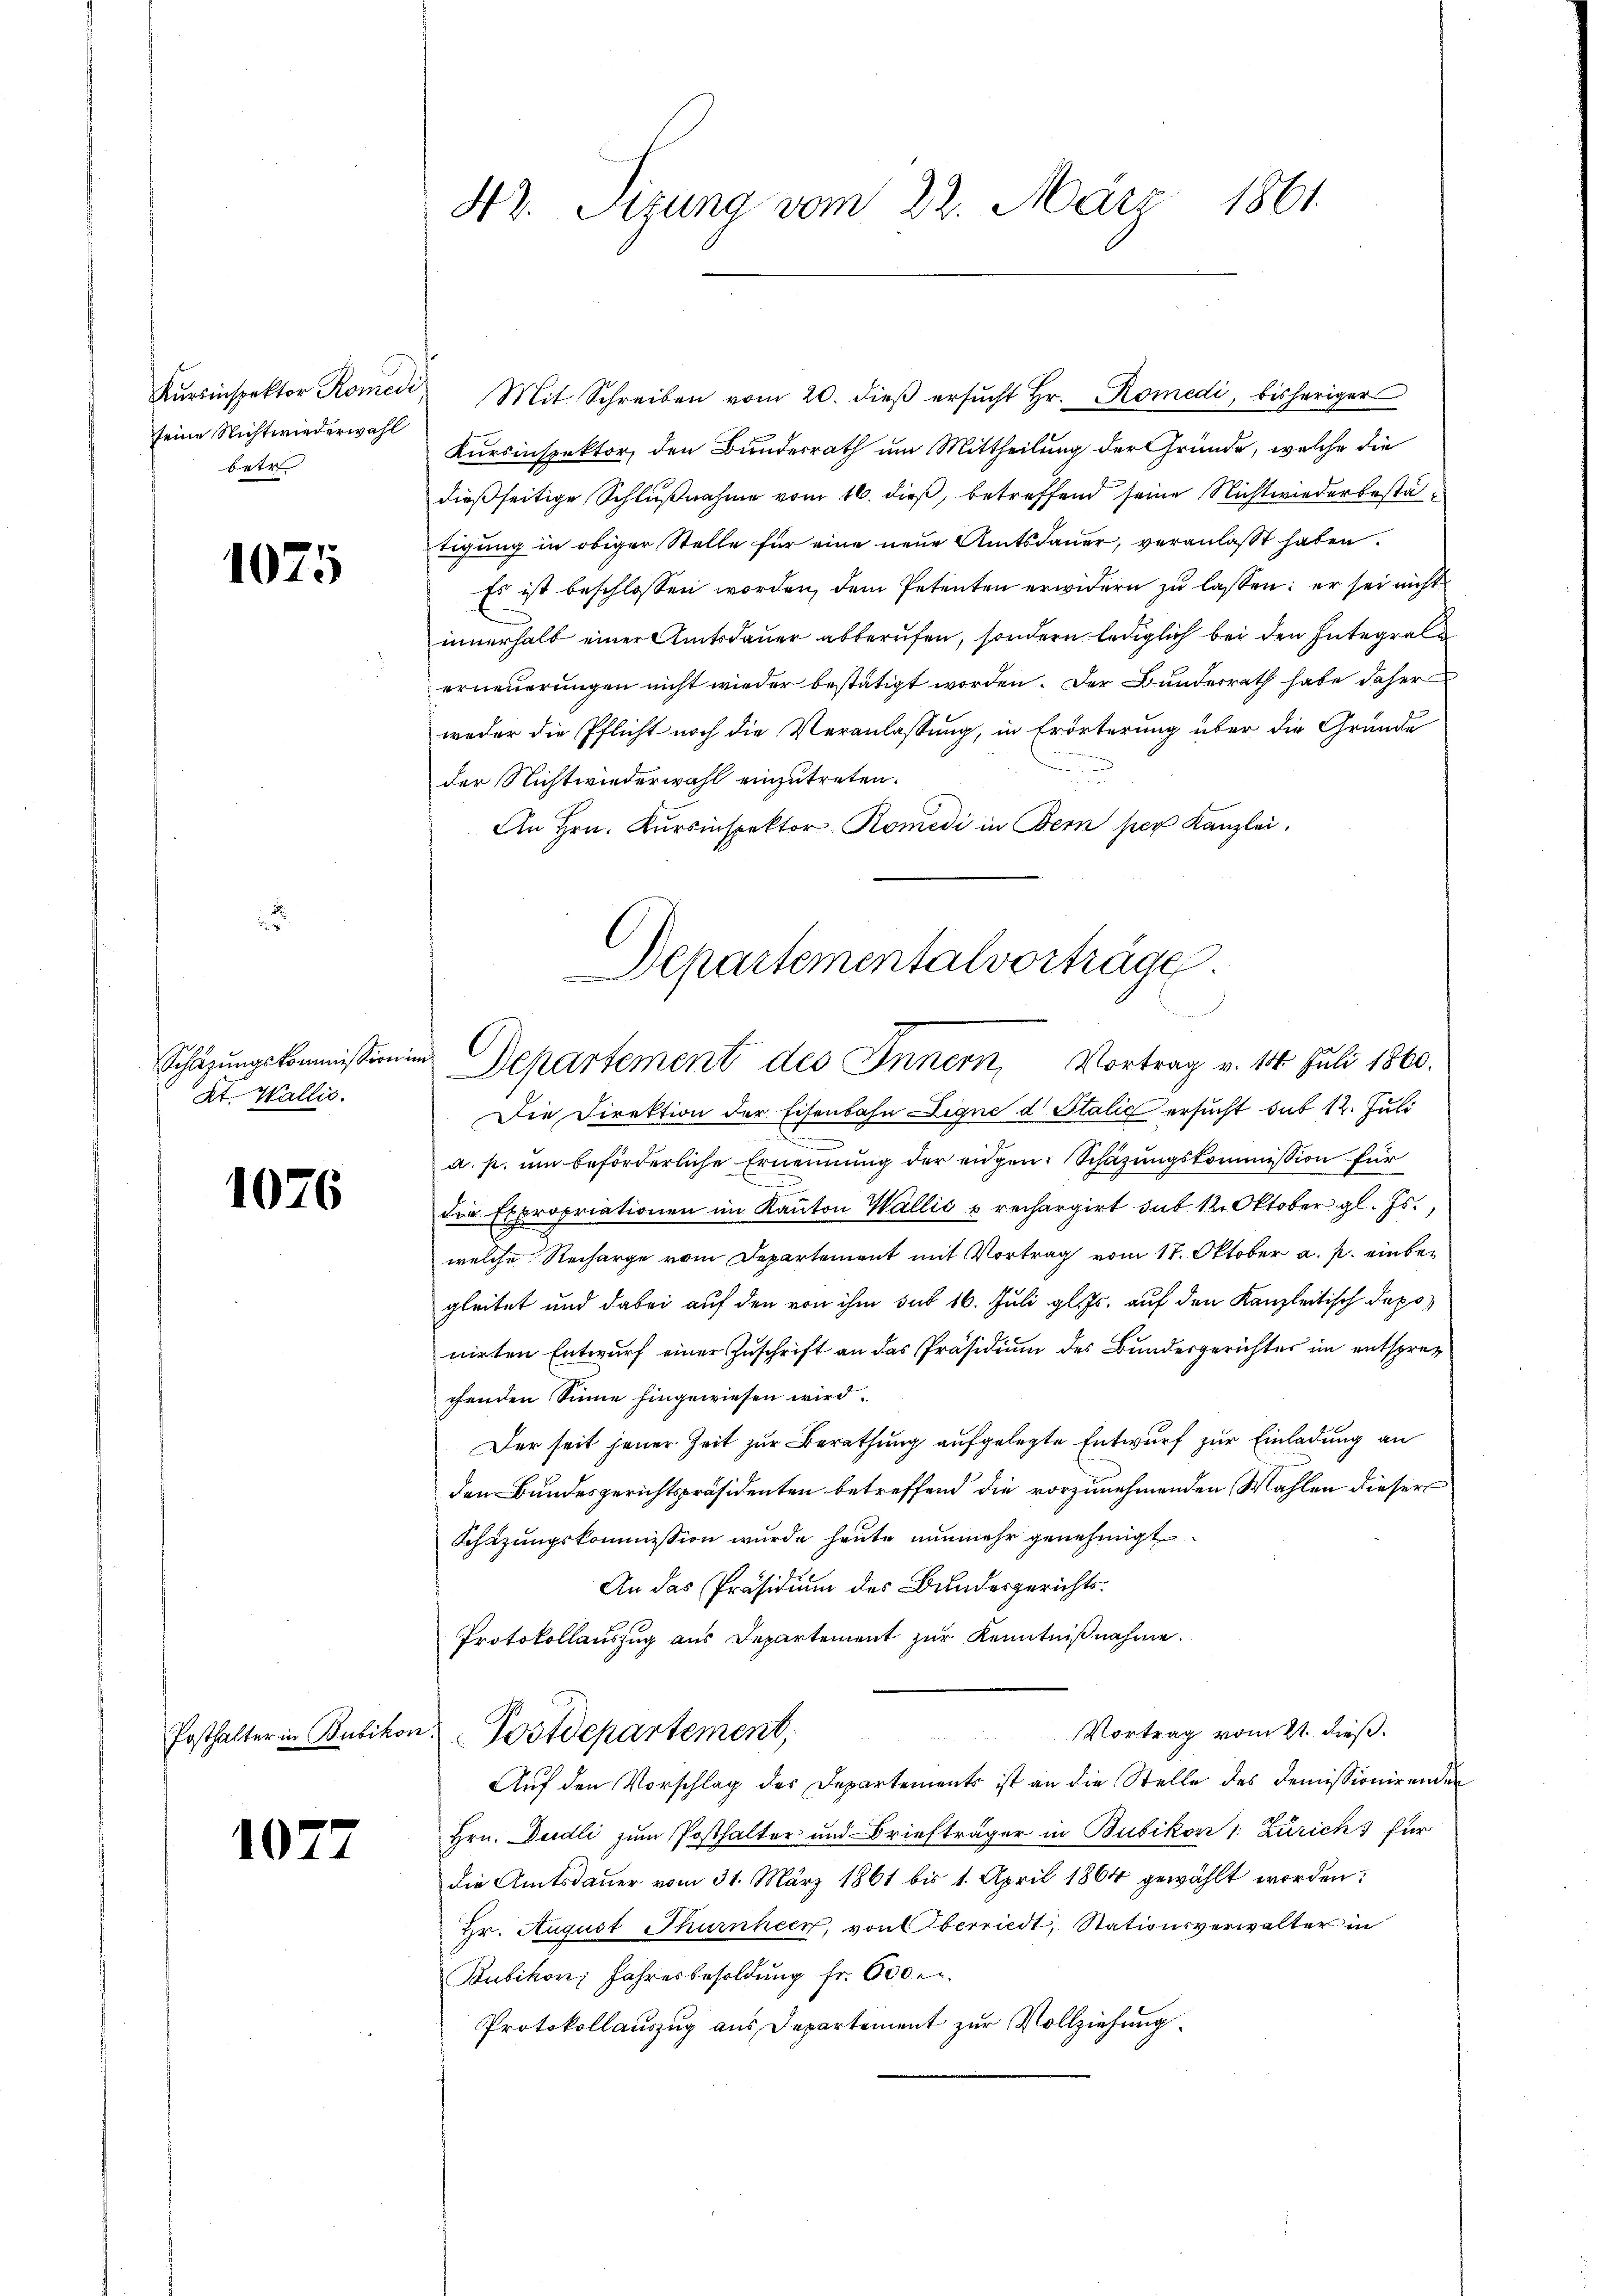
seine Nichtwiederwahl
betr

1075

Kt. Wallis.

1076

10

Aŭrsinspektor Romen, Mit Schreiben vom 20. dieβ ersŭcht Hr. Romedi, bisheriger
Kursinspektor, den Bundesrath um Mittheilung der Gründe, welche die
dießseitige Schlußnahme vom 16. dieß, betreffend seine Nichtwiederbestätigung in obiger Stelle für eine neue Amtsdauer, veranlasst haben.
Es ist beschlossen worden, dem Petenten erwidern zu lassen: er sei nicht
innerhalb einer Amtsdauer abberufen, sondern lediglich bei den Integral
erneuerungen nicht wieder bestätigt worden. Der Bundesrath habe daher
weder die Pflicht noch die Veranlassung, in Erörterung über die Gründe
der Nichtwiederwahl einzutreten.
An Hrn. Kursinspektor Romedi in Bern per Kanzlei.

42. Sizung vom 22. März 1861.

Departementalvorträge.
Schazungskommissionen Departement des Innern, Vortrag v. 14. Juli 1860.

Die Direktion der Eisenbahn Eigne d. Stalić ersucht das 12. Juli
a. p. um beförderliche Ernennung der engen. Schazungskommission für
die Expropriationen im Kanton Wallić u. rechargirt sub 12. Oktober gl. Js.,
welche Recharge vom Departement mit Vortrag vom 17. Oktober a. p. einbegleitet und dabei auf den von ihm sub 16. Juli gl. Js. auf den Kanzleitisch deponirten Entwurf einer Zuschrift an das Präsidium des Bundesgerichtes im entsprechenden Sinne hingewiesen wird.
Der seit jener Zeit zur Berathung aufgelegte Entwurf zur Einladung an
den Bundesgerichtspräsidenten betreffend die vorzunehmenden Wahlen dieser
Schazungskommission wurde heute nunmehr genehmigt.
An das Präsidium des Bundesgerichts¬
Protokollauszug aus Departement zur Kenntnißnahme.
Vortrag vom 21. dieß.
Posthalter in Bubikon. Postdepartement,
Auf den Vorschlag des Departements ist an die Stelle des Demissionirenden
Hrn. Dudli zum Posthalter und Briefträger in Bubikon 1. Zürich für
die Amtsdauer vom 31. März 1861 bis 1. April 1864 gewählt worden:
Hr. August Thurnheck, von Oberriedt, Stationsverwalter in
Bubikon, Jahresbesoldung fr. 600 r.
Protokollauszug aus Departement zur Vollziehung